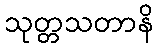
သုတ္တသတာနိ